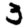
Digit: 3